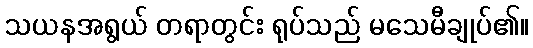
သယနအရွယ် တရာတွင်း ရုပ်သည် မသေမီချုပ်၏။